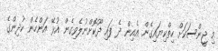
މި ޖީންސަކަށް ހިތްކިޔައިގެން އެއިން ދެ ފައި ދޫކޮށްނުލެވިގެން އުޅޭ އަންހެން ކުދިންގެ